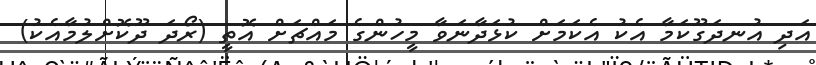
އަދި އުނދަގޫކަމާ އެކު އެކަމަށް ކުޅަދާނަވާ މީހުންގެ މައްޗަށް އޮތީ (ރޯދަ ދޫކޮށްލުމާއެކު)